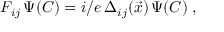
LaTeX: F _ { i j } \, \Psi ( C ) = i / e \, \Delta _ { i j } ( \vec { x } ) \, \Psi ( C ) \; ,